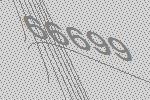
66699